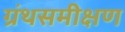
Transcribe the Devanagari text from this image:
ग्रंथसमीक्षण